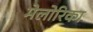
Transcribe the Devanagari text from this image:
मेलोरिका